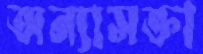
অন্যাসক্তা